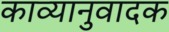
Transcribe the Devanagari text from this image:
काव्यानुवादक